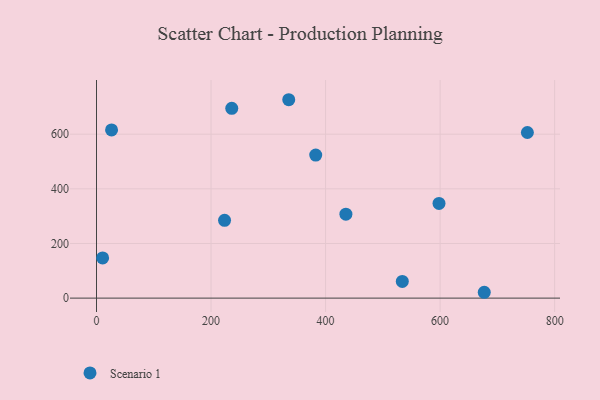
{"axis": {"x": "Investment", "y": "Yield"}, "legend": ["Scenario 1"], "data": [{"x": "223.6", "y": 284.6, "type": "Scenario 1"}, {"x": "26.3", "y": 615.6, "type": "Scenario 1"}, {"x": "598.1", "y": 346.7, "type": "Scenario 1"}, {"x": "534.0", "y": 61.2, "type": "Scenario 1"}, {"x": "752.4", "y": 606.2, "type": "Scenario 1"}, {"x": "236.2", "y": 694.6, "type": "Scenario 1"}, {"x": "677.1", "y": 21.4, "type": "Scenario 1"}, {"x": "335.7", "y": 726.1, "type": "Scenario 1"}, {"x": "382.8", "y": 523.5, "type": "Scenario 1"}, {"x": "435.5", "y": 307.2, "type": "Scenario 1"}, {"x": "10.7", "y": 147.1, "type": "Scenario 1"}]}